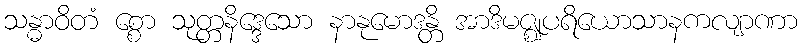
သန္ဓာဝိတံ စ္စော သုတ္တနိဒ္ဒေသော နာနုမောဒန္တိ အာဒိမဇ္ဈပရိယောသာနကလျာဏာ